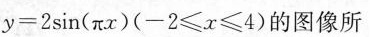
$$y = 2 \sin ( π x )$$ ($$- 2 ≤ x ≤4$$)$$的图像所